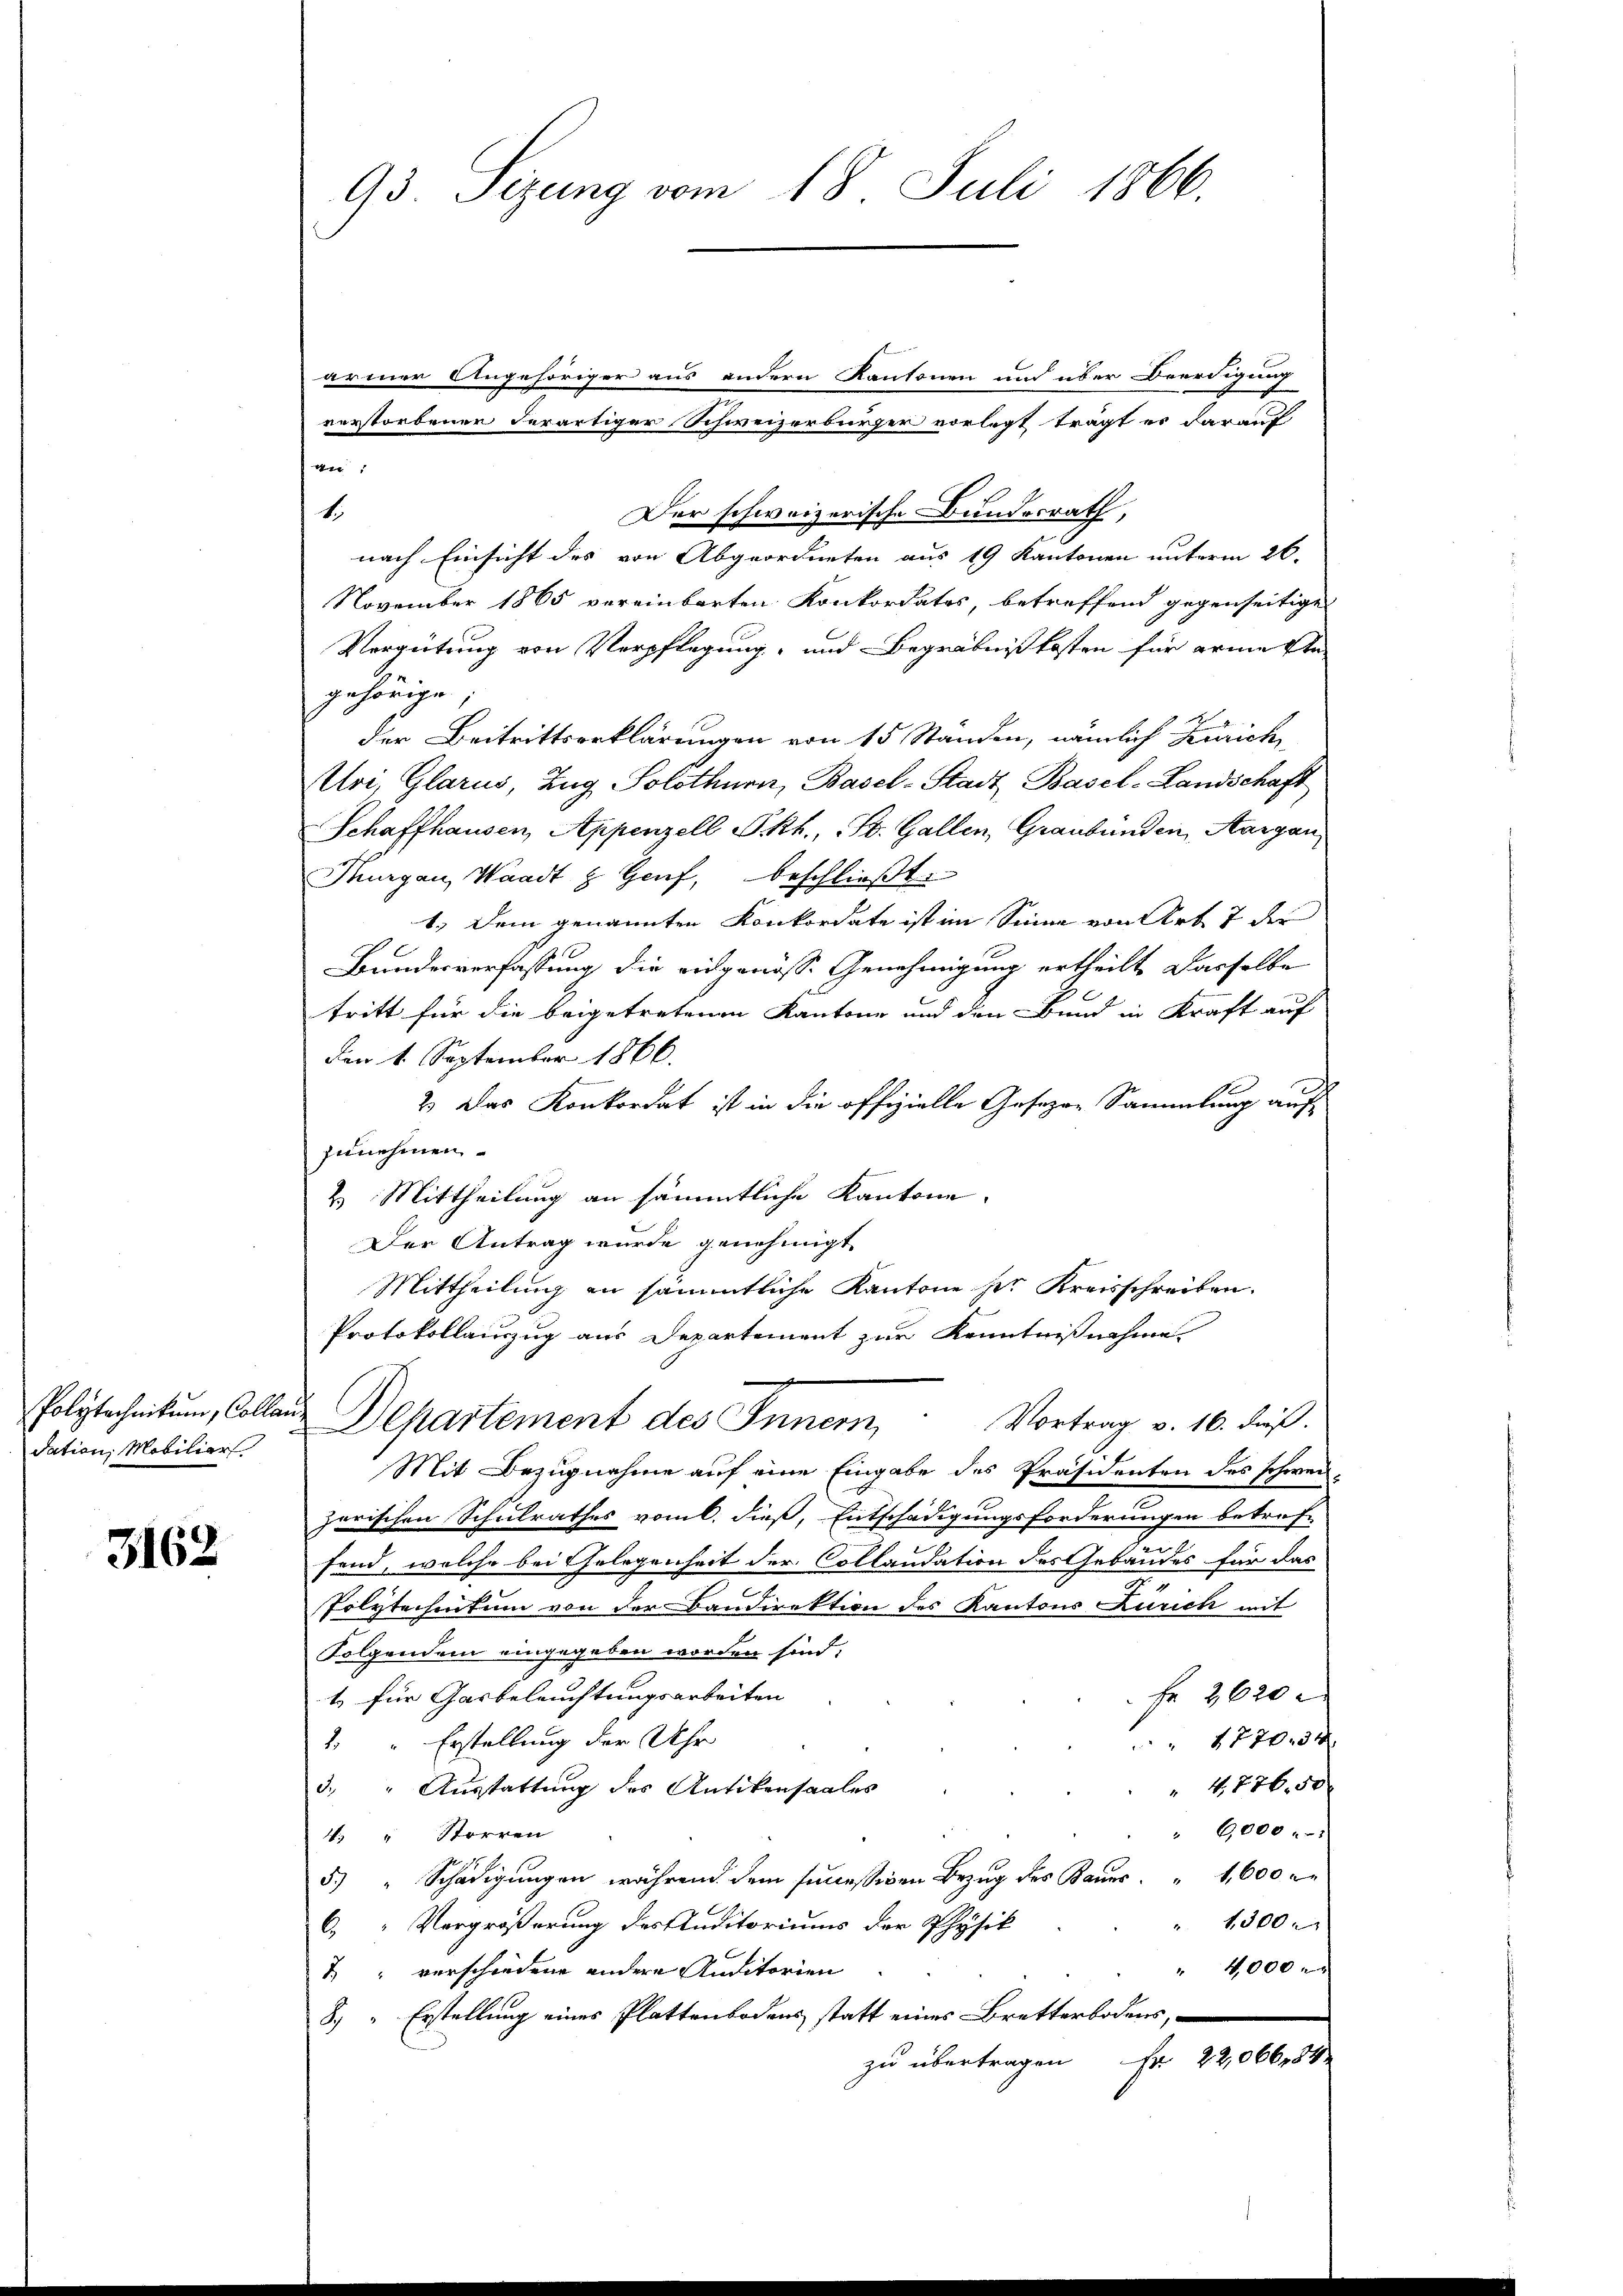
Tation, Mobiliar

3162

armer Angehöriger aus andern Kantonen und über Beerdigung
verstorbener derartiger Schweizerbürger vorlegt trägt es darauf
:
1.
Der schweizerische Bundesrath,
nach Einsicht des von Abgeordneten aus 19 Kantonen unterm 26.
November 1865 vereinbarten Konkordates, betreffend gegenseitigen
Vergütung von Verpflegung und Begräbnißkosten für arme ste
gehörige
der Beitrittserklärungen von 15 Standen, nämlich Zürich
Aloi, Glarus, Zug Solothurn, Basel-Stadt Basel-Landschaft
Schaffhausen, Appenzell Pkt., St. Gallen, Graubünden, Aargau
Thurgau, Waadt & Hanf, beschlieβt:
1.) Dem genannten Konkordate ist im Sinne von Art 7 des
Bundesverfassung die eidgenösse Genehmigung ertheilt dasselbe
tritt für die beigetretenen Kantone und den Bund in Kraft auf
den 1. September 1866.
2. Das Konkordat ist in die offizielle Gesezen Sammlung auf
zunehmen
2. Mittheilung an sämmtliche Kantone.
Der Antrag wurde genehmigt.
Mittheilung in sämmtliche Kantone sei Kreisschreiben.
Protokollanzug aus Departement zur Kenntnißnahme.
Polytechnikum, Collen Departement des Innern,
Vortrag v. 16. dieß.
Mit Bezugnahme auf eine Eingabe des Präsidenten des schwei-
e
zerischen Schulrathes vom 6. dieß, Entschädigungsforderungen betref-
fend, welche bei Gelegenheit der Collaudation des Gebäudes für das
Polytechentum von der Bandirektion des Kantons Zürich mit
Folgendem eingegeben worden sind;
1 für Gasbeleuchtungsarbeiten
Fr. 2620
 177034
1 " Erstellung der Uhr
" 4. 776,50
3. " Ausstattung des Antikensaales
"6,000
4. " Storren
5.) " Schädigungen während dem successiven Bezug des Baues " 1,600 r.
 1300 r
“ Vergrößerung des Auditoriums der Physik
4000 x
" verschiedene andere Auditorien
8) Erstellung eines Plattenbodens statt eines Bretterbodens,
Fr. 22,066,54
zu übertragen

93 Sitzung vom 18. Juli 1866.